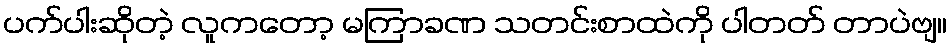
ပက်ပါးဆိုတဲ့ လူကတော့ မကြာခဏ သတင်းစာထဲကို ပါတတ် တာပဲဗျ။